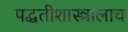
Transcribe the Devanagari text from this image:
पद्धतीशास्त्रालाच